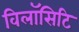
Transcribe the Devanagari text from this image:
विलॉसिटि